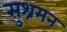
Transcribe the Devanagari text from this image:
सुश्रमन